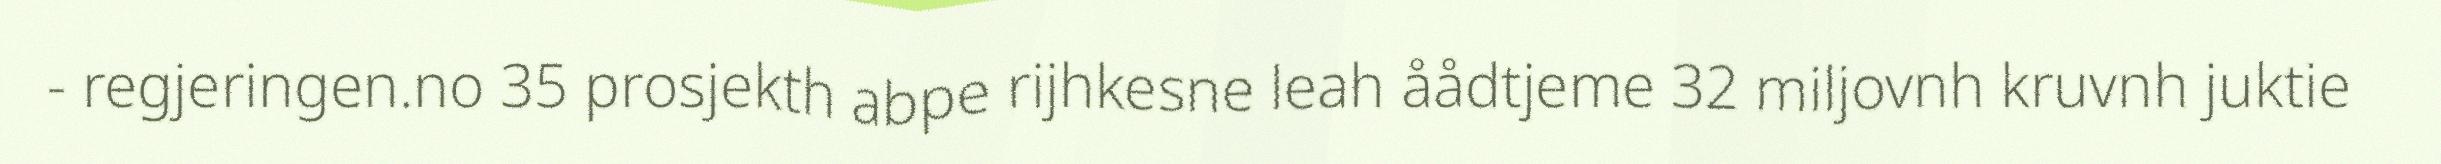
- regjeringen.no 35 prosjekth abpe rijhkesne leah åådtjeme 32 miljovnh kruvnh juktie